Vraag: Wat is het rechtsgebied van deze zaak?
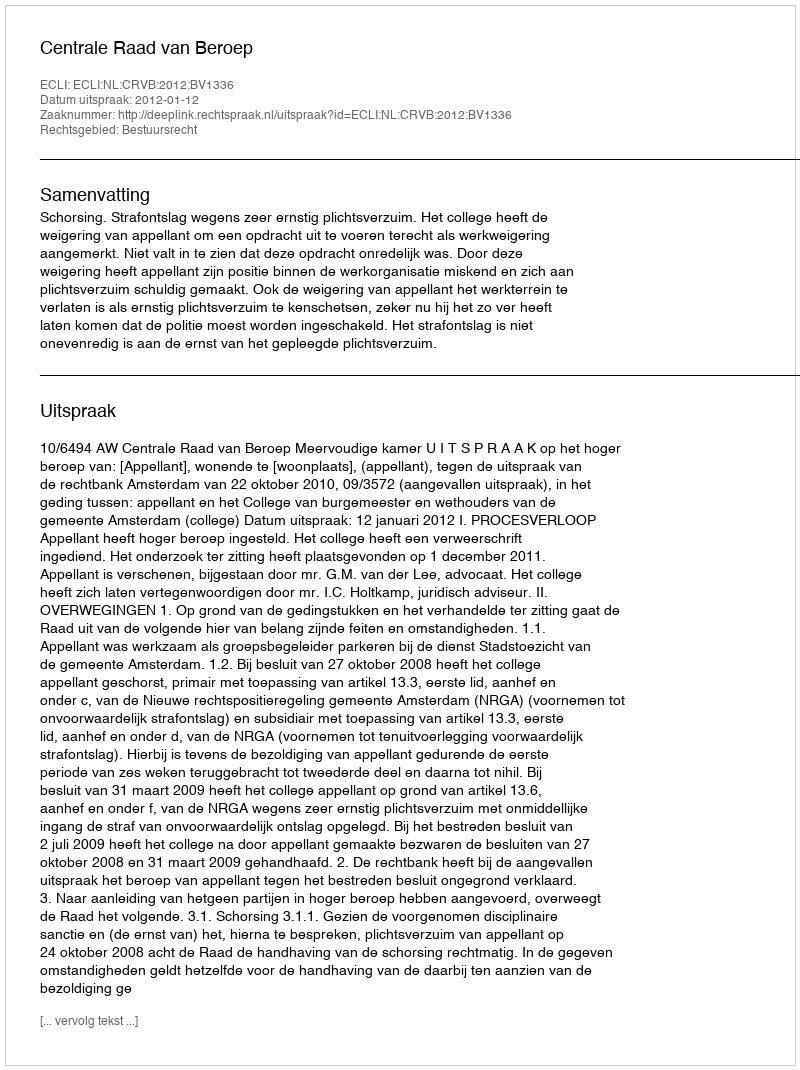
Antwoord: Bestuursrecht